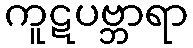
ကူဋပဗ္ဘာရာ